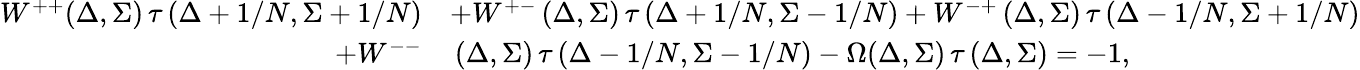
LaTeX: \begin{array}{rl}{W^{++}(\Delta,\Sigma)\thinspace\tau\left(\Delta+1/N,\Sigma+1/N\right)}&{+W^{+-}\thinspace(\Delta,\Sigma)\thinspace\tau\left(\Delta+1/N,\Sigma-1/N\right)+W^{-+}\thinspace(\Delta,\Sigma)\thinspace\tau\left(\Delta-1/N,\Sigma+1/N\right)}\\ {+W^{--}}&{\thinspace(\Delta,\Sigma)\thinspace\tau\left(\Delta-1/N,\Sigma-1/N\right)-\Omega(\Delta,\Sigma)\thinspace\tau\left(\Delta,\Sigma\right)=-1,}\end{array}